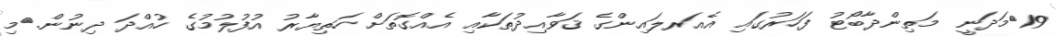
19	މަދަނީ މަތިންދާބޯޓު ފަހަރުގައި އެއަރލައިންގެ ޤަވާއިދުތަކާއި އެއްގޮތަށް ހަތިޔާރު އުފުލުމުގެ ހުއްދަ ދިނުން.	މި